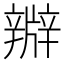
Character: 㸤